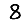
Digit: 8